Bréfritari: Þórunn Pálsdóttir
Viðtakandi: Páll Pálsson
Dagsetning: A-1824-01-08
Skrifað á: Hallfreðarstöðum  N-Múl.
Páll var bróðir Þórunnar

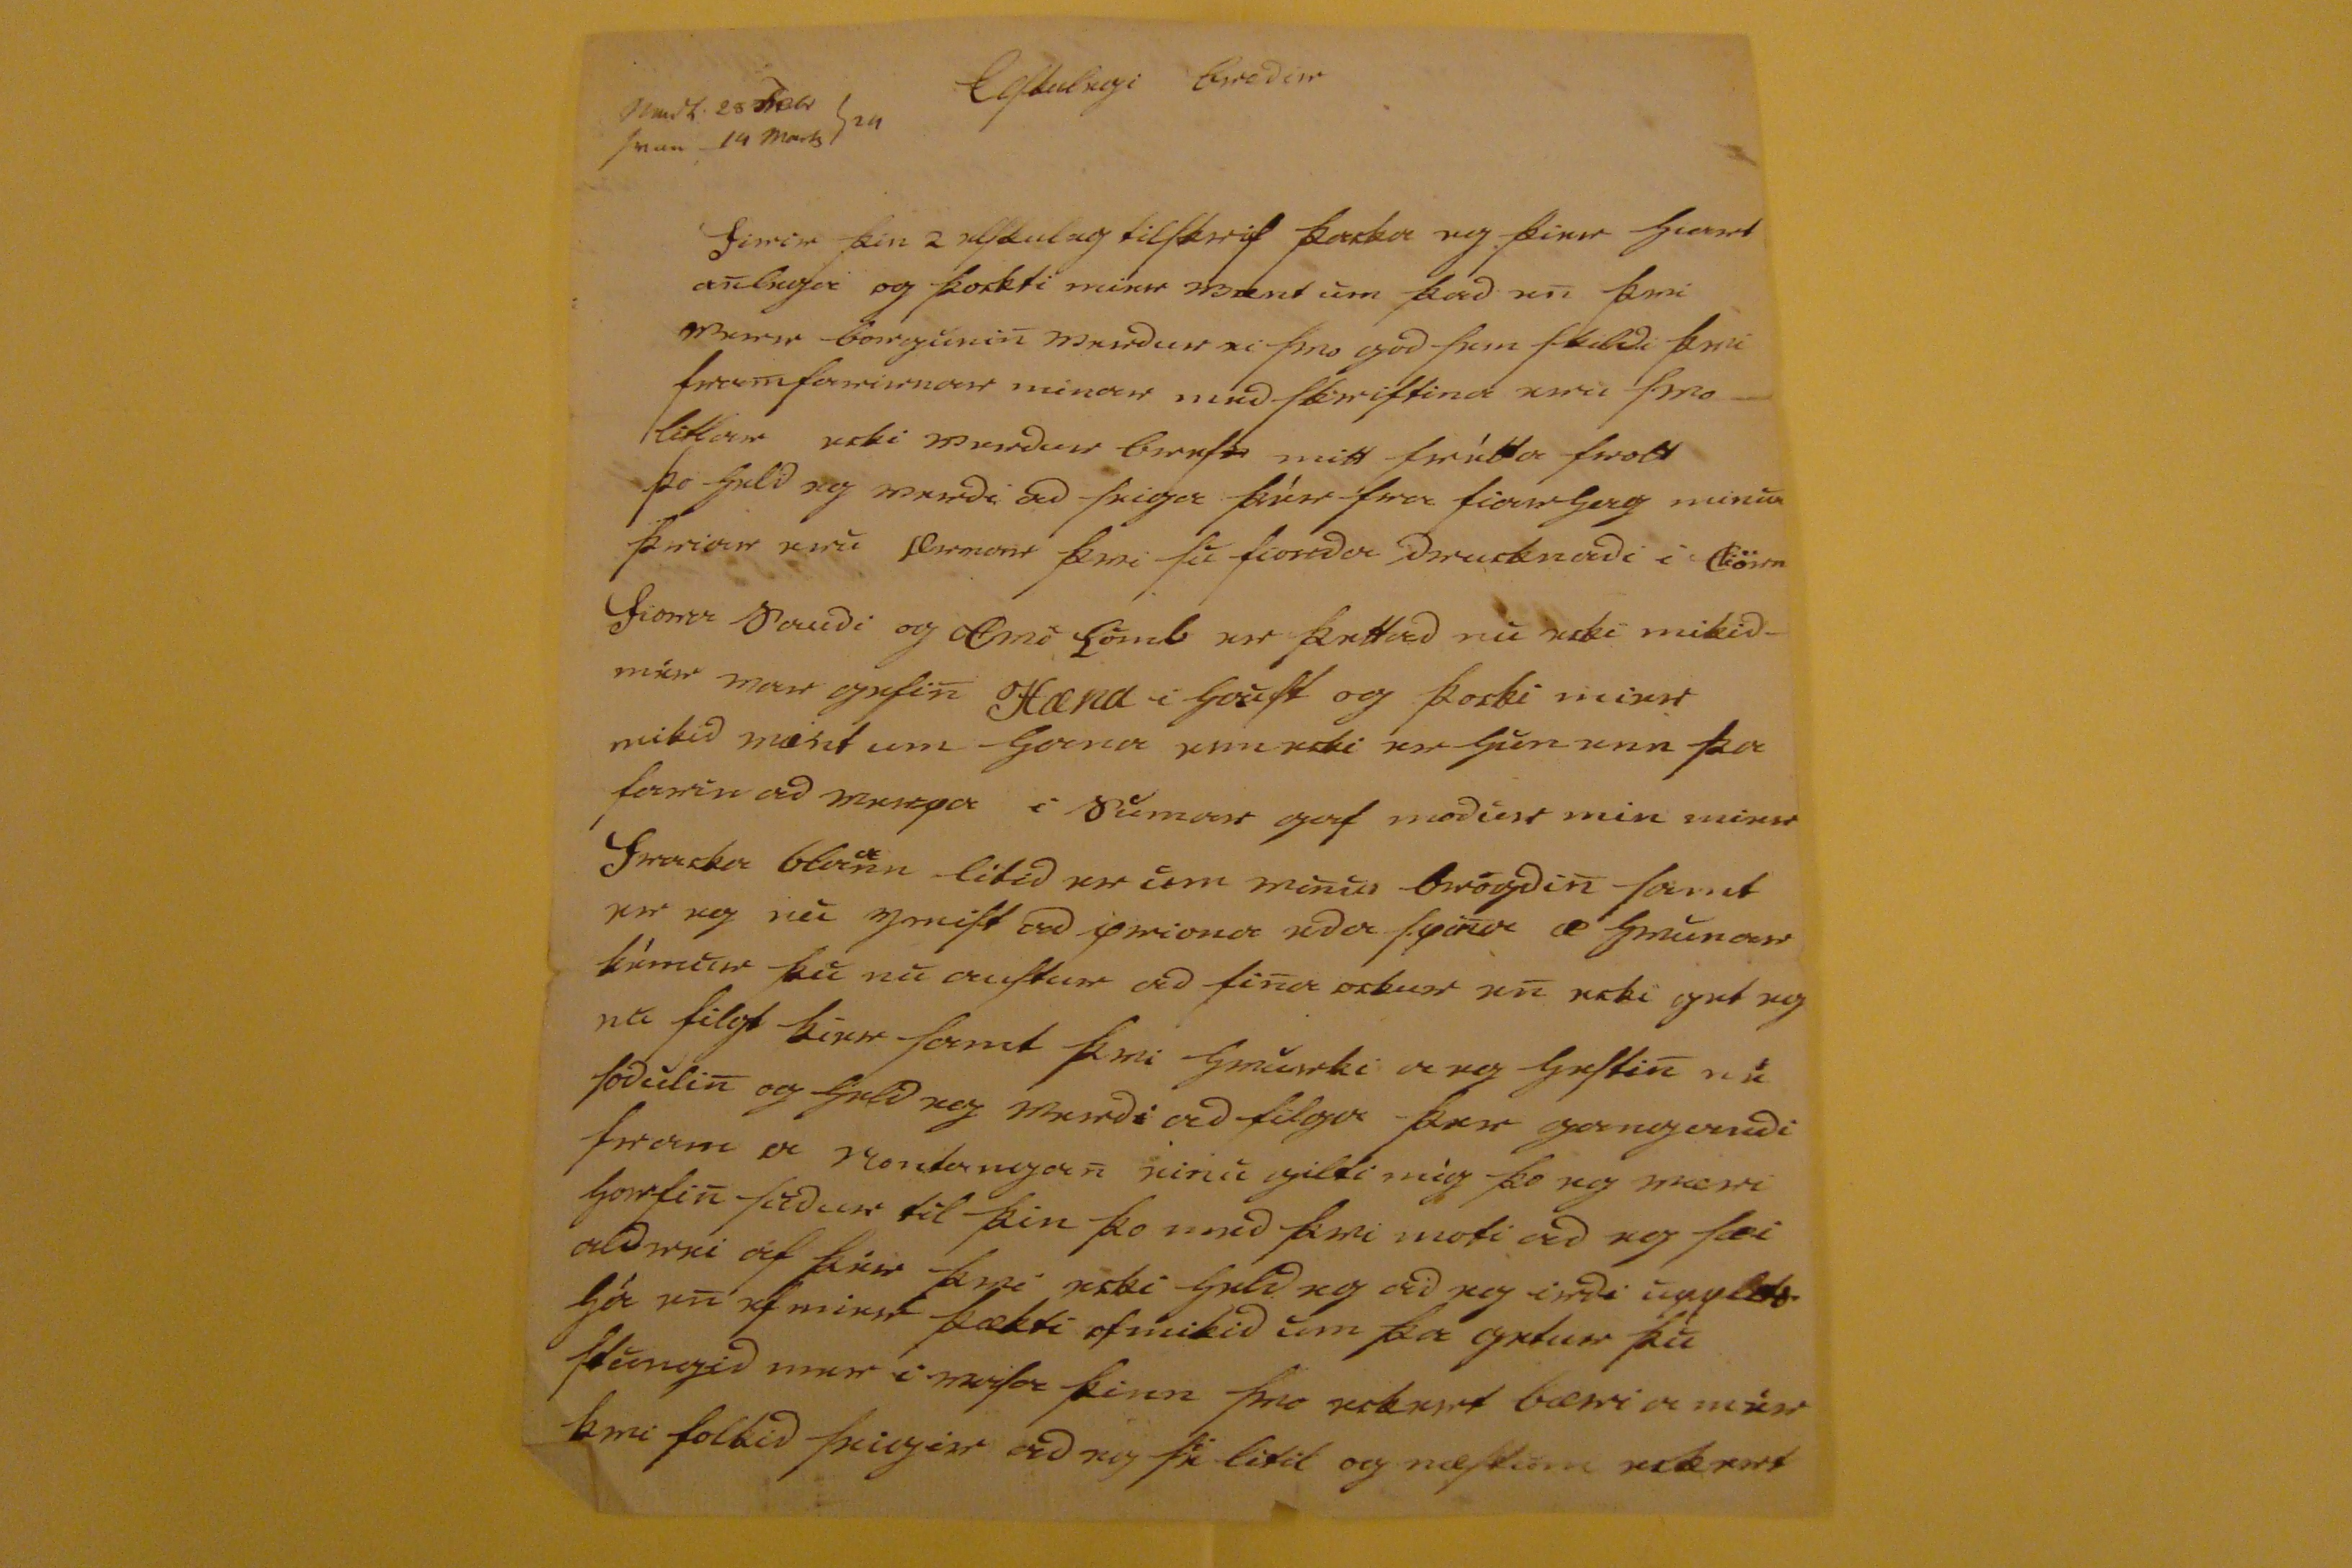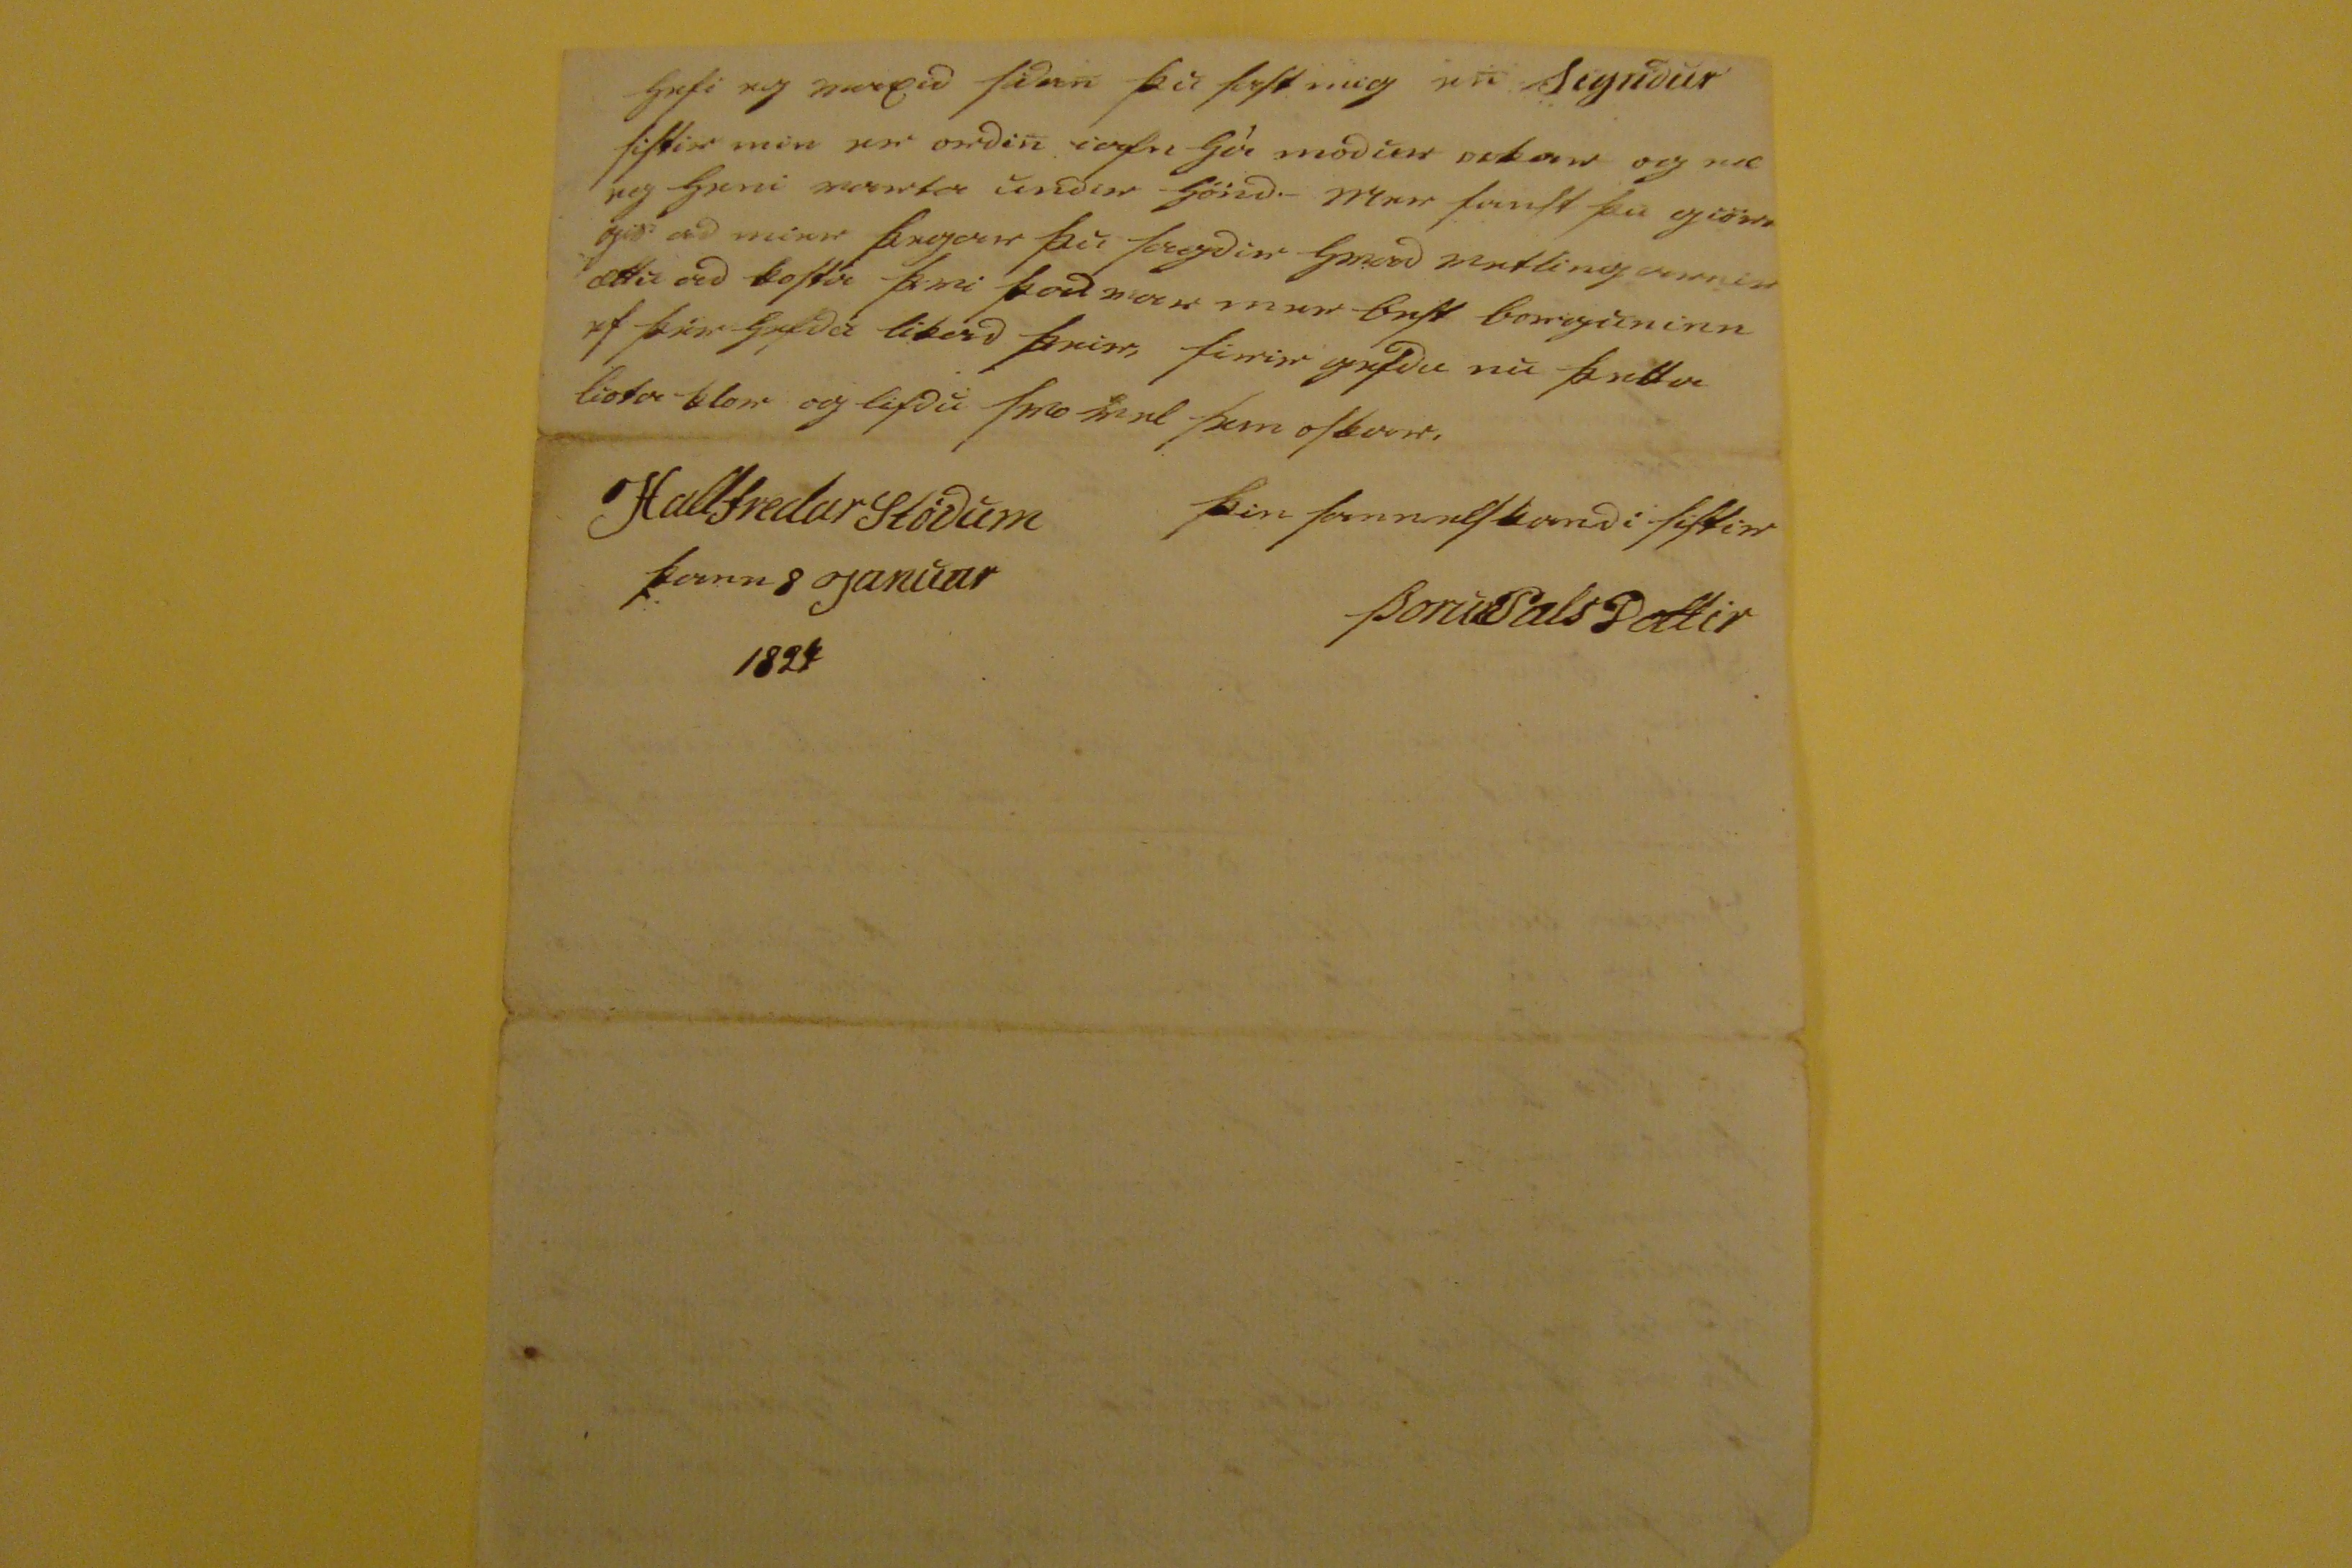

Elskulegi Brodir
000 25 febr 24 000 14 marts
firir þin 2 elskuleg tilskrif þacka eg þier hiart anlega og þockti mier vænt um þad en þvi
verr
borgunin verdur ei svo god sem skildi þvi framfarirnar minar med skriftina eru svo- litlar ecki verdur
bref0 mitt frétta fro00
þo held eg verdi ad seiga þiér fra fiarhag minum þriar eru
00rnar
þvi su fiorda drucknadi i
0körn
fiora saudi og tvö lömb er þettad nu ecki mikid- vér var gefin Hæna i haust og þocki mier mikid vænt um hana enn ecki er hun enn þa farin ad verpa i sumar gaf modur min mier fracka bla
a
nn litid er um
vinu0
brögdin samt er eg nu
00ist
ad priona eda spina æ hvunar kémur þu nu austur ad fina ockur en ecki get eg nu filgt þier samt þvi hvurki a eg hestin né sodulin og held eg verdi ad filga þer gangandi fram a
vontangan einu gilti
mig þo eg væri horfin sudur til þin þo med þvi moti ad eg sæi aldrei af þér þvi ecki held eg ad eg irdi
upp000
há en ef mier þækti of mikid um þa getur þu stungid mer i vasa þinn svo eckert bæri a mér þvi folkid seigir ad eg s
hand="scribe" place="supralinear">i
e litil og næstum eckert
hefi eg
vaxeid
sidan þu sast mig en Sigridur sistir min er ordin iafn há modur ockar og
næ eg
heni varla undir hönd.-
Mer
fanst þu
giör0
gis ad mier þegar þu sagdir hvad vetlingarnir ættu ad kosta þvi þad
var mer
best borguninn ef þér hefda likad þeir, firirgefdu nu þetta liota klor og lifdu svo vel sem oskar.
þin sannelskandi sistir
Þorun Palsdottir
Hallfredarstödum þann 8 Januar 1824